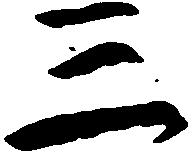
三